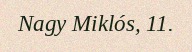
Nagy Miklós, 11.